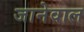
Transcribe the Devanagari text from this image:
जानेवाल